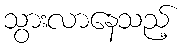
သွားလာနေသည့်